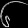
Digit: ၆